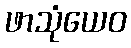
ဖာသုံယေဝ